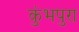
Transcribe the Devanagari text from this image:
कुंभपुरा